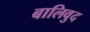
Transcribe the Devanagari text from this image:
बालिवुद